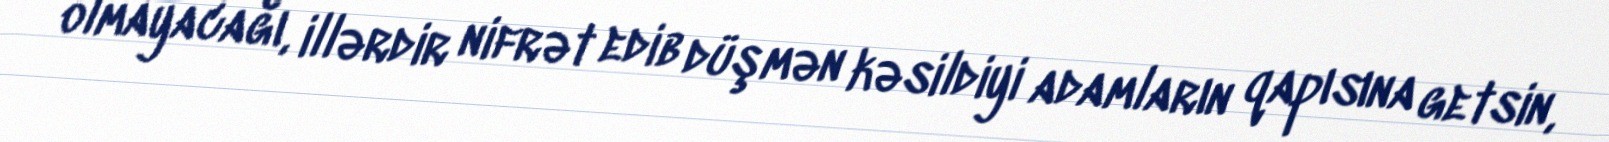
olmayacağı, illərdir nifrət edib düşmən kəsildiyi adamların qapısına getsin,